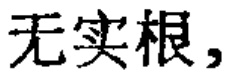
无实根,